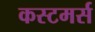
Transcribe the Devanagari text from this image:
कस्टमर्स